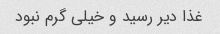
غذا دیر رسید و خیلی گرم نبود